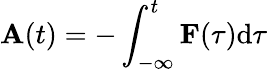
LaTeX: \textbf{A}(t)=-\int_{-\infty}^{t}\textbf{F}(\tau)\mathrm{d}\tau